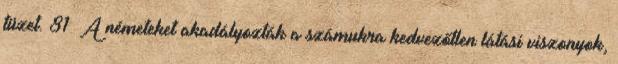
tüzet. 81 A németeket akadályozták a számukra kedvezőtlen látási viszonyok,